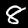
Label: 8